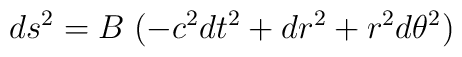
ds^2 = B\; ( -c^2 dt^2 + d r^2 + r^2 d\theta^2)